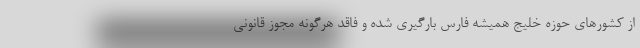
از کشورهای حوزه خلیج همیشه فارس بارگیری شده و فاقد هرگونه مجوز قانونی